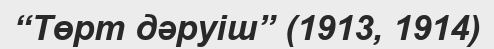
“Төрт дәруіш” (1913, 1914)